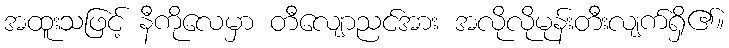
အထူးသဖြင့် နီကိုလေမှာ တီလျောညင်အား အလိုလိုမုန်းတီးလျက်ရှိ၏။